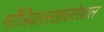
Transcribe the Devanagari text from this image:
माँत्रियालखालोखाल